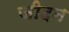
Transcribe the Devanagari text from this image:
जीदन